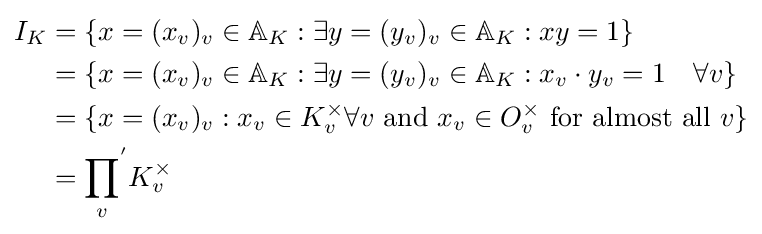
{\begin{aligned}I_{K}&=\{x=(x_{v})_{v}\in \mathbb {A} _{K}:\exists y=(y_{v})_{v}\in \mathbb {A} _{K}:xy=1\}\\&=\{x=(x_{v})_{v}\in \mathbb {A} _{K}:\exists y=(y_{v})_{v}\in \mathbb {A} _{K}:x_{v}\cdot y_{v}=1\quad \forall v\}\\&=\{x=(x_{v})_{v}:x_{v}\in K_{v}^{\times }\forall v{\text{ and }}x_{v}\in O_{v}^{\times }{\text{ for almost all }}v\}\\&={\prod _{v}}^{'}K_{v}^{\times }\end{aligned}}